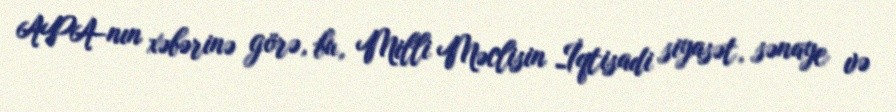
APA-nın xəbərinə görə, bu, Milli Məclisin İqtisadi siyasət, sənaye və